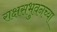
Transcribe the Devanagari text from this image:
राक्षसभुवनच्या